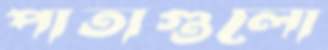
পাতাগুলো